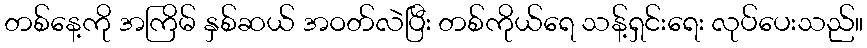
တစ်နေ့ကို အကြိမ် နှစ်ဆယ် အဝတ်လဲပြီး တစ်ကိုယ်ရေ သန့်ရှင်းရေး လုပ်ပေးသည်။